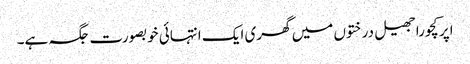
اپر کچورا جھیل درختوں میں گھری ایک انتہائی خوبصورت جگہ ہے۔